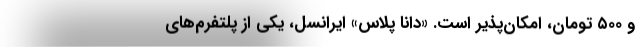
و ۵۰۰ تومان، امکان‌پذیر است. «دانا پلاس» ایرانسل، یکی از پلتفرم‌های